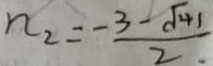
n _ { 2 } = \frac { - 3 - \sqrt { 4 1 } } { 2 }